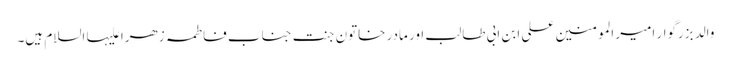
والد بزرگوار امیر المومنین علی ابن ابی طالب اور مادر خاتون جنت جناب فاطمہ زھرا علیہا السلام ہیں۔